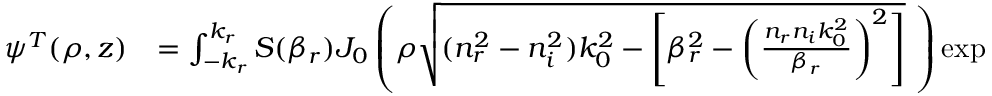
\begin{array} { c l r } { \psi ^ { T } ( \rho , z ) } & { = \int _ { - k _ { r } } ^ { k _ { r } } S ( \beta _ { r } ) J _ { 0 } \left( \rho \sqrt { ( n _ { r } ^ { 2 } - n _ { i } ^ { 2 } ) k _ { 0 } ^ { 2 } - \left[ \beta _ { r } ^ { 2 } - \left( \frac { n _ { r } n _ { i } k _ { 0 } ^ { 2 } } { \beta _ { r } } \right) ^ { 2 } \right] } \, \, \right) \exp ( i \beta _ { r } z ) \exp \left( - \frac { n _ { r } n _ { i } k _ { 0 } ^ { 2 } } { \beta _ { r } } z \right) \textrm { d } \beta _ { r } } \end{array}